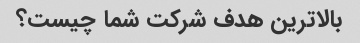
بالاترین هدف شرکت شما چیست؟